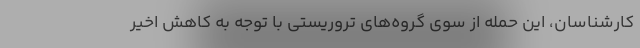
کارشناسان، این حمله از سوی گروه‌های تروریستی با توجه به کاهش اخیر